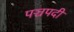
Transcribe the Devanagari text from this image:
पञ्चपदी